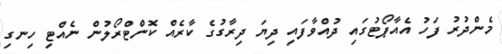
މެންދުރު ފަހު އެއާޕޯޓުގައި ދުއްވާފައި ދިޔަ ދިރާގުގެ ކާރެއް ކޮންޓްރޯލުން ނެއްޓި ހިނގި